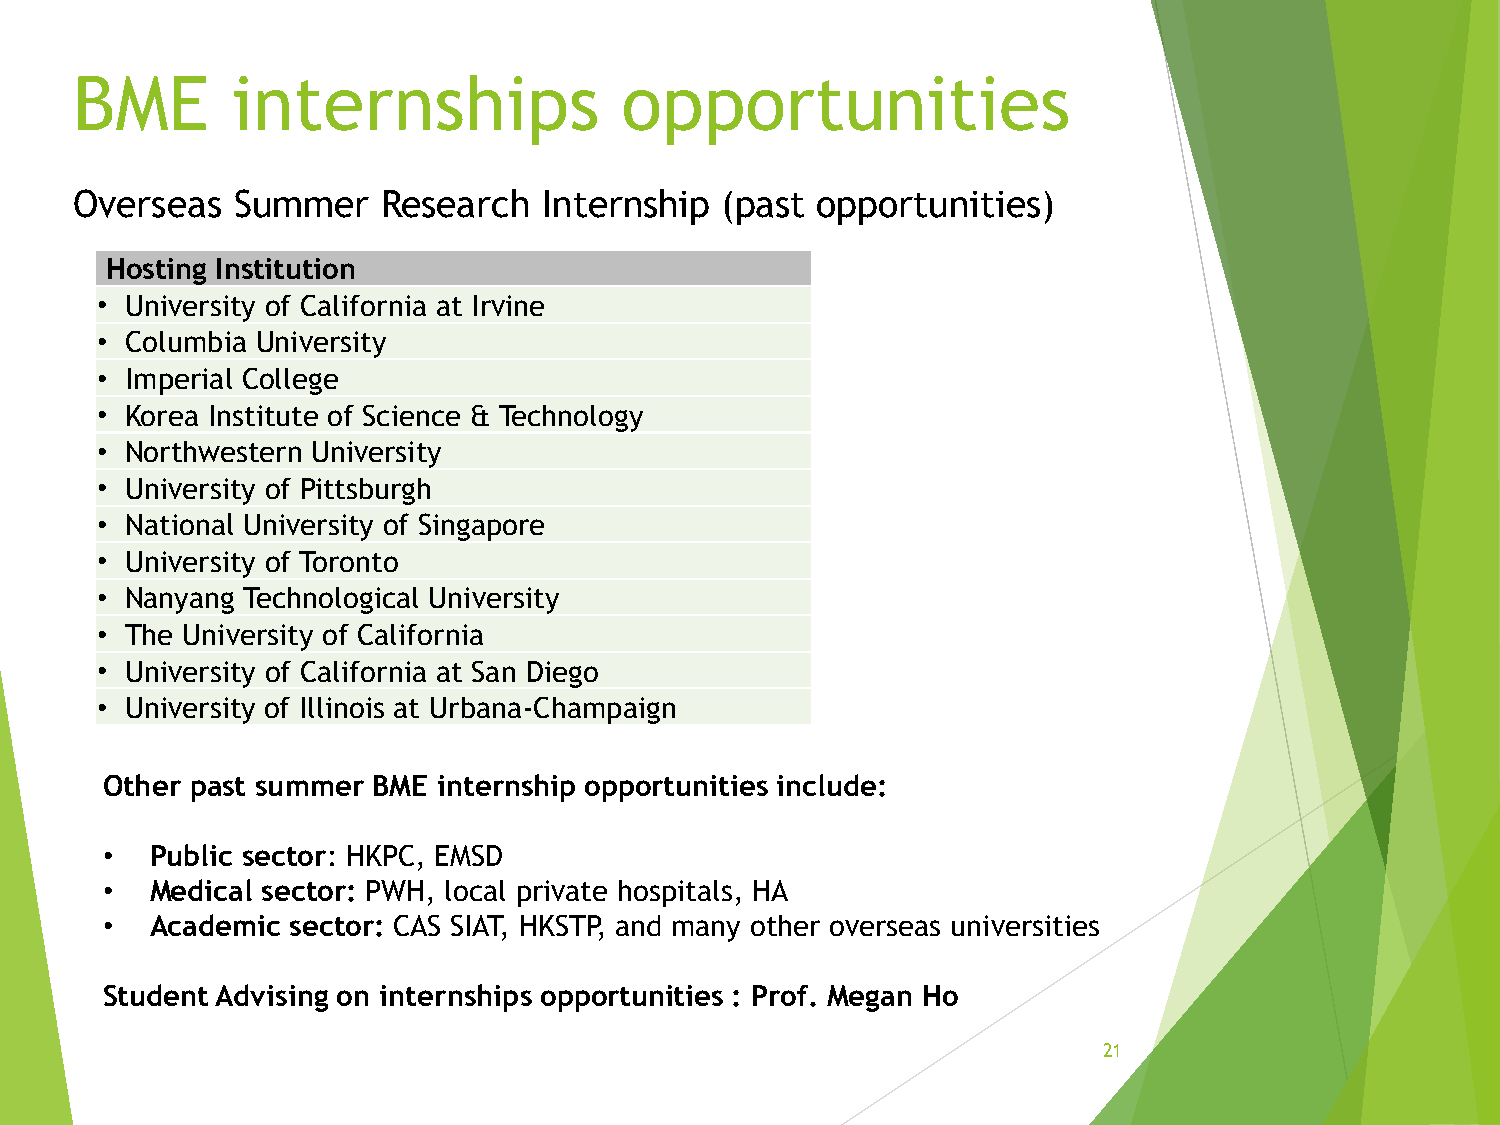
BME       internships               opportunities
 Overseas  Summer    Research   Internship  (past opportunities)
 Hosting Institution
 • University of California at Irvine
 • Columbia University
 • Imperial College
 • Korea Institute of Science & Technology
 • Northwestern University
 • University of Pittsburgh
 • National University of Singapore
 • University of Toronto
 • Nanyang Technological University
 • The University of California
 • University of California at San Diego
 • University of Illinois at Urbana-Champaign
 Other past summer BME internship opportunities include:
 •  Public sector: HKPC, EMSD
 •  Medical sector: PWH, local private hospitals, HA
 •  Academic sector: CAS SIAT, HKSTP, and many other overseas universities
 Student Advising on internships opportunities : Prof. Megan Ho
 21